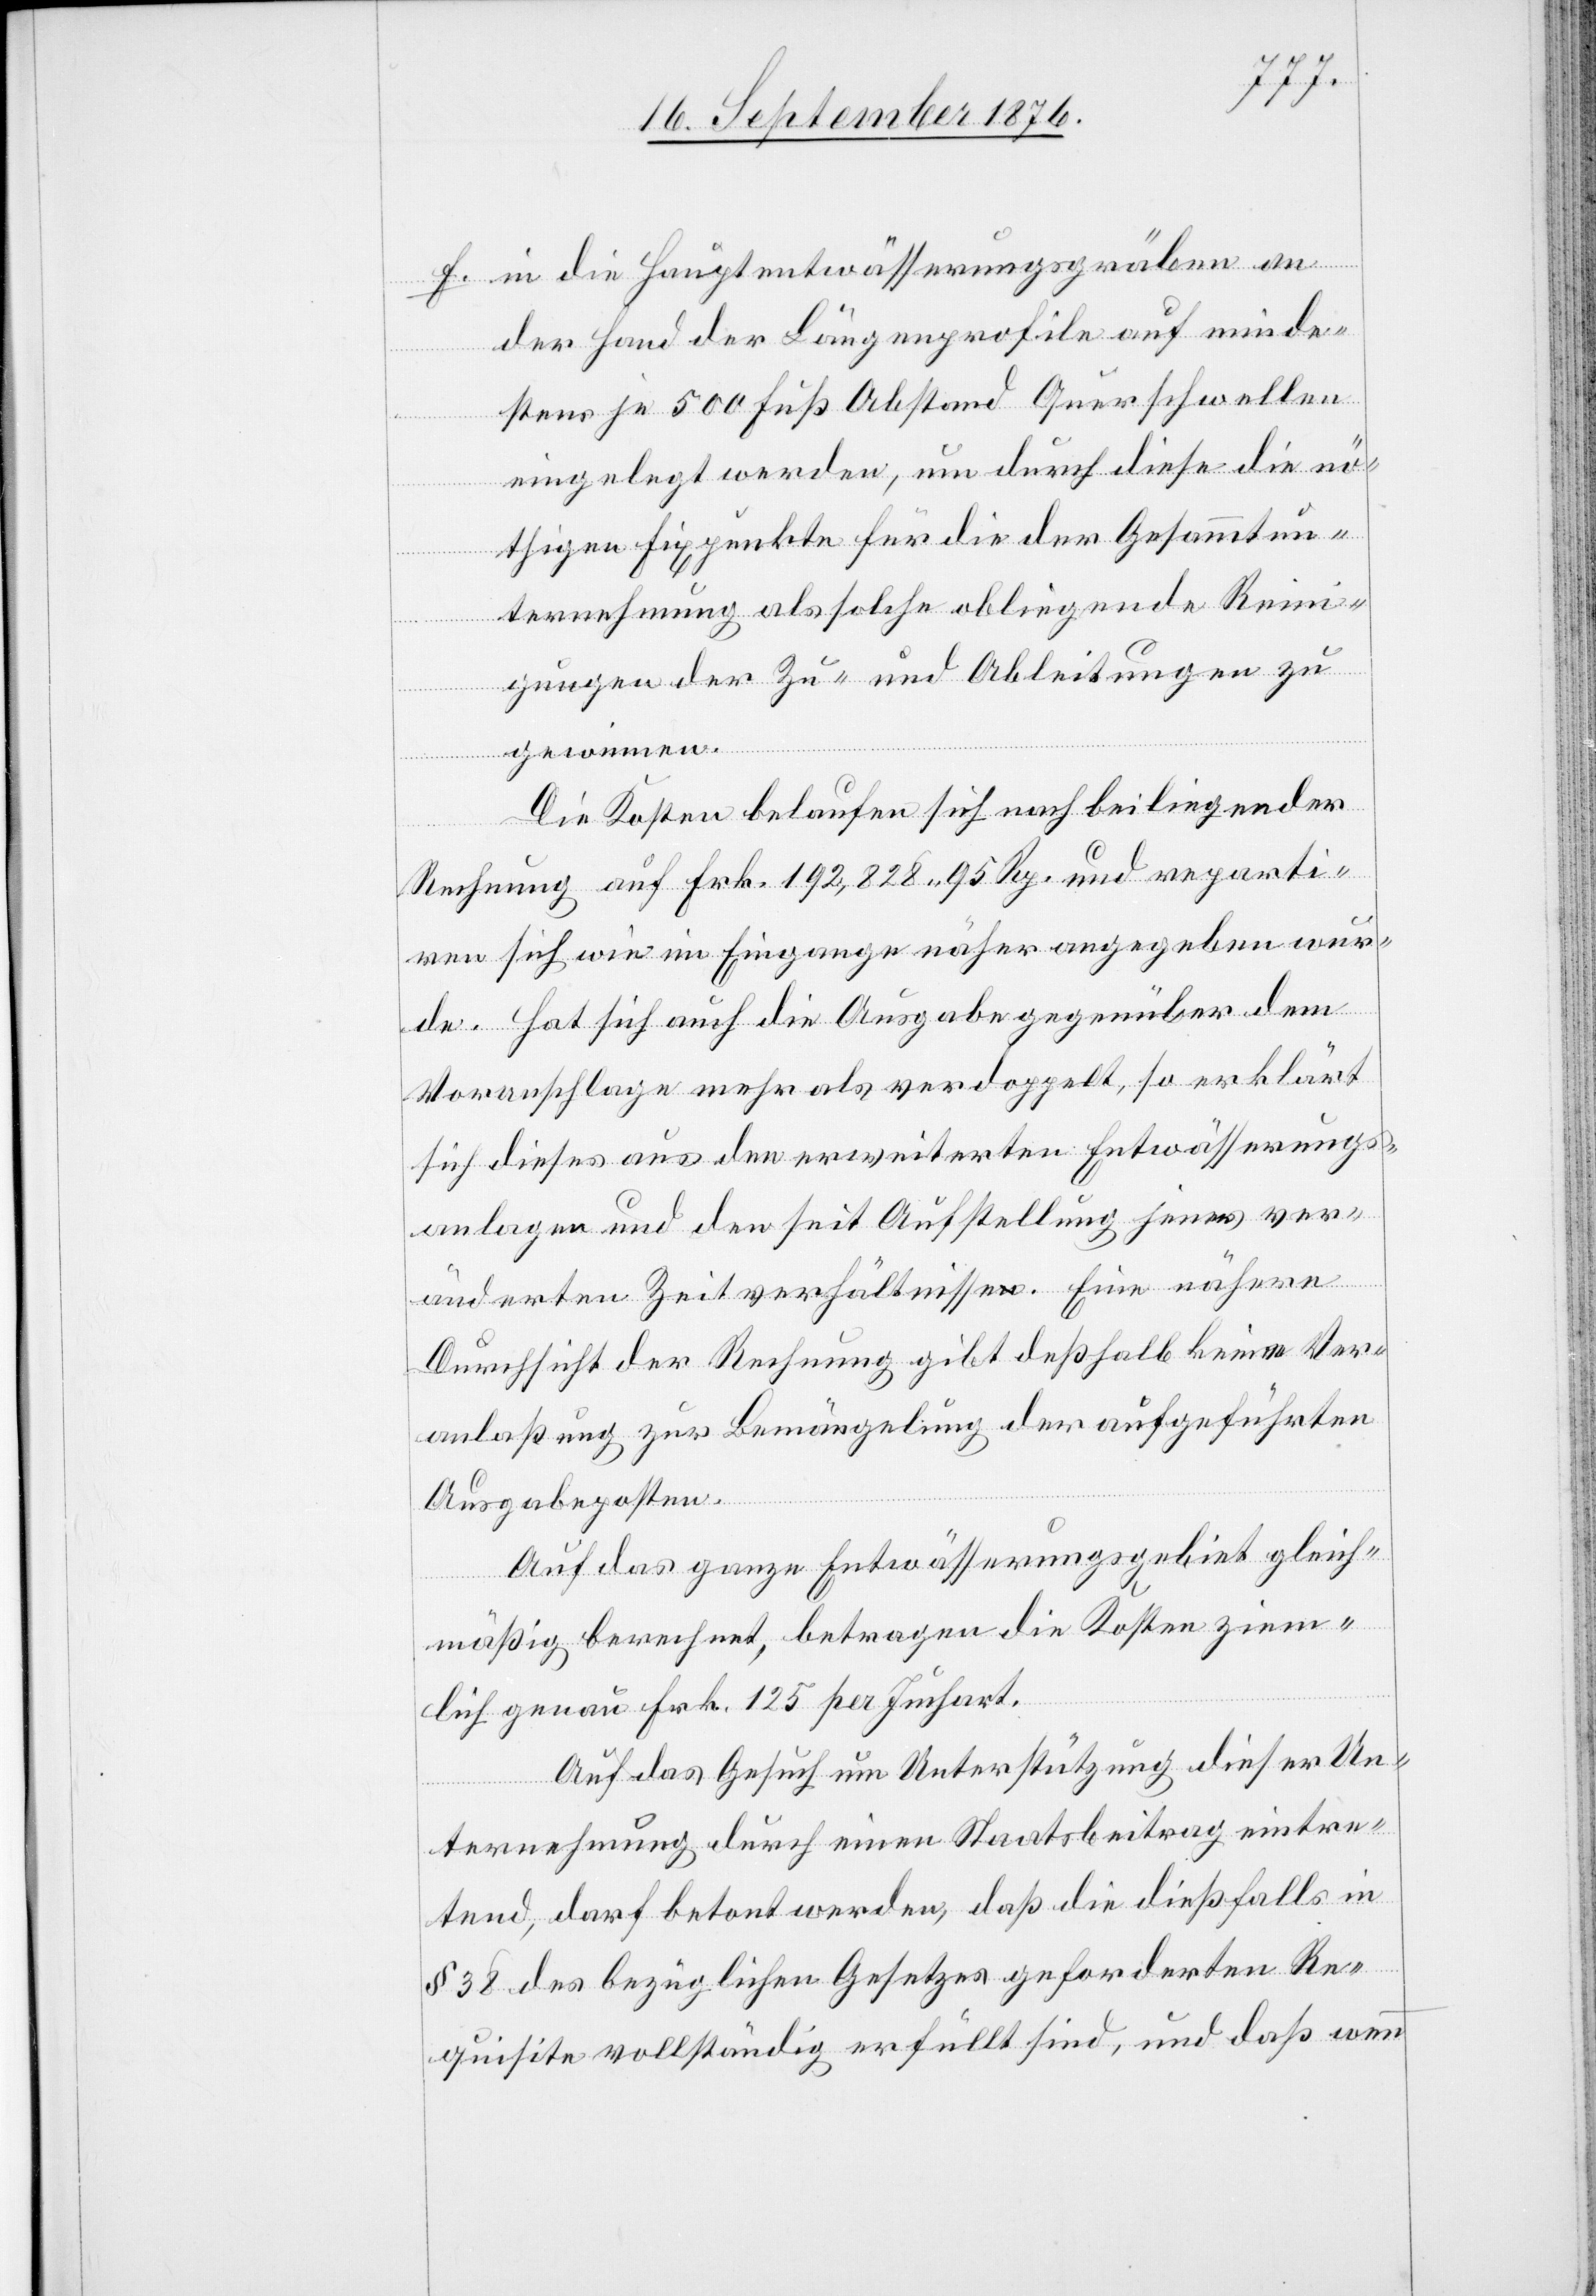
f. in die Hauptentwässerungsgräben an
der Hand der Längenprofile auf minde¬
stens je 500 Fuß Abstand Querschwellen
eingelegt werden, um durch diese die nö¬
thigen Fixpunkte für die der Gesammtun¬
ternehmung als solche obliegende Rein¬
igungen der Zu- und Ableitungen zu
gewinnen.
Die Kosten belaufen sich nach beiliegender
Rechnung auf Frk. 192,828 95 Rp. und reparti¬
ren sich wie im Eingange näher angegeben wer¬
de. Hat sich auch die Ausgabe gegenüber dem
Voranschlage mehr als verdoppelt, so erklärt
sich dieses aus den erweiterten Entwässerungs¬
anlagen und den seit Aufstellung jener ver¬
änderten Zeitverhältnisse. Eine nähere
Durchsicht der Rechnung gibt deßhalb keine Ver¬
anlaßung zur Bemängelung der aufgeführten
Ausgabenposten.
Auf das ganze Entwässerungsgebiet gleich¬
mäßig berechnet, betragen die Kosten ziem¬
lich genau Frk. 125 per Juchart.
Auf das Gesuch um Unterstützung dieser Un¬
ternehmung durch einen Staatsbeitrag eintre¬
tend, darf betont werden, daß die dießfalls in
§ 38 des bezüglichen Gesetzes geforderten Re¬
quisite vollständig erfüllt sind, und daß wenn